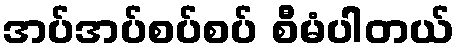
အပ်အပ်စပ်စပ် စီမံပါတယ်